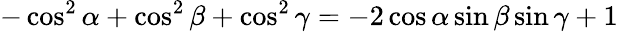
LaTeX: -\cos^{2}\alpha+\cos^{2}\beta+\cos^{2}\gamma=-2\cos\alpha\sin\beta\sin\gamma+1